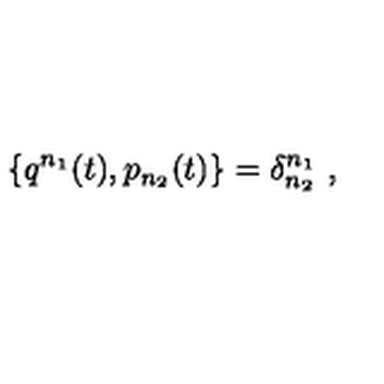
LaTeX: \{ q ^ { n _ { 1 } } ( t ) , p _ { n _ { 2 } } ( t ) \} = \delta _ { n _ { 2 } } ^ { n _ { 1 } } \ ,